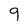
Character: 9